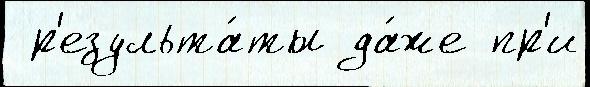
 р'езульта́ты да́же пр'и